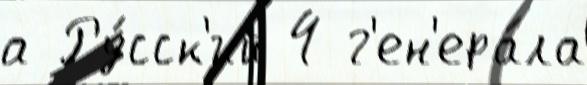
а Ру́сск'ий 4 г'ен'ера́ла